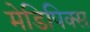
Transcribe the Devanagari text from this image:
मेडिपिक्स